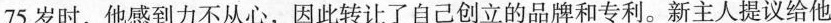
75岁时，他感到力不从心，因此转让了自己创立的品牌和专利。新主人提议给他